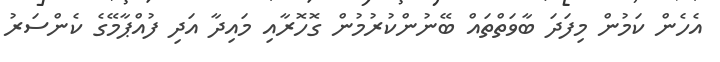
އެހެން ކަމުން މިފަދަ ބާވަތްތައް ބޭނުންކުރުމުން ގޮހޮރާއި މައިދާ އަދި ފުއްޕާމޭގެ ކެންސަރު